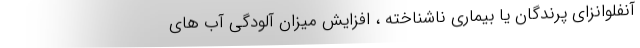
آنفلوانزای پرندگان یا بیماری ناشناخته ، افزایش میزان آلودگی آب های